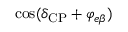
\cos ( \delta _ { \mathrm { C P } } + \varphi _ { e \beta } )